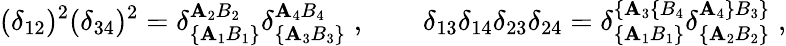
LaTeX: (\delta_{12})^{2}(\delta_{34})^{2}=\delta_{\{ \mathbf{A}_{1}B_{1}\} }^{\mathbf{A}_{2}B_{2}}\delta_{\{ \mathbf{A}_{3}B_{3}\} }^{\mathbf{A}_{4}B_{4}}\; ,\qquad\delta_{13}\delta_{14}\delta_{23}\delta_{24}=\delta_{\{ \mathbf{A}_{1}B_{1}\} }^{\{ \mathbf{A}_{3}\{ B_{4}}\delta_{\{ \mathbf{A}_{2}B_{2}\} }^{\mathbf{A}_{4}\} B_{3}\} }\; ,